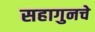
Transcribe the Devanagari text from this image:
सहागुनचे